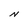
Character: N